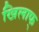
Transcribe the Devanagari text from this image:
खिलाफ्